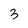
Character: 3